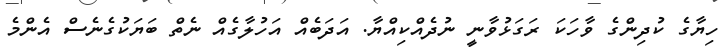
ހިޔާގެ ކުދިންގެ ވާހަކަ ރަގަޅުވާނީ ނުދެއްކިއްޔާ. އަދަބެއް އަހުލާގެއް ނެތް ބަޔަކުގެނެސް އެންމެ